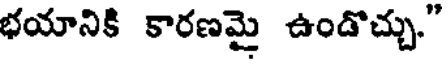
భయానికి కారణమై ఉండొచ్చు."